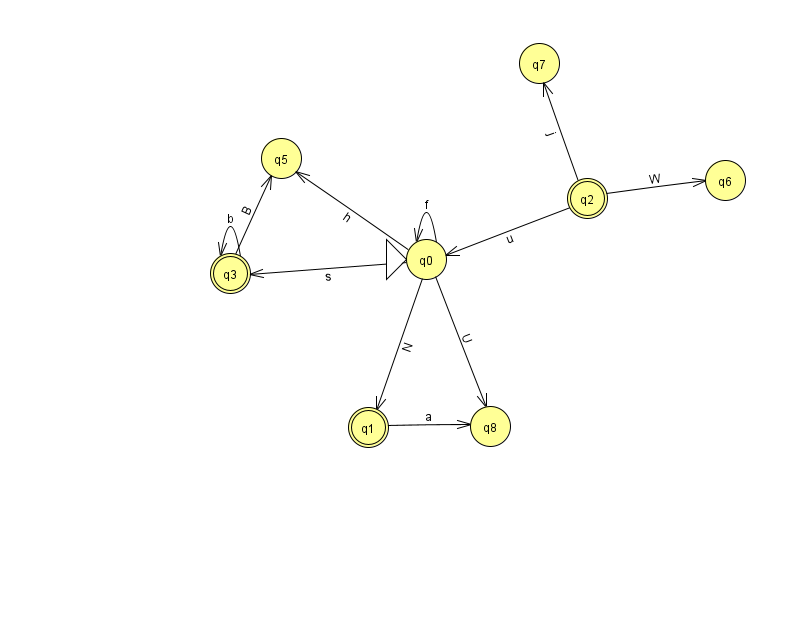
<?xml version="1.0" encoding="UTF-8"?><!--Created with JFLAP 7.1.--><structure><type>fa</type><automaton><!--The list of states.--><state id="0" name="q0"><x>426.0</x><y>246.0</y><initial/></state><state id="1" name="q1"><x>368.0</x><y>414.0</y><final/></state><state id="2" name="q2"><x>587.0</x><y>185.0</y><final/></state><state id="3" name="q3"><x>230.0</x><y>260.0</y><final/></state><state id="5" name="q5"><x>281.0</x><y>145.0</y></state><state id="6" name="q6"><x>725.0</x><y>167.0</y></state><state id="7" name="q7"><x>539.0</x><y>50.0</y></state><state id="8" name="q8"><x>490.0</x><y>413.0</y></state><!--The list of transitions.--><transition><from>0</from><to>8</to><read>U</read></transition><transition><from>0</from><to>3</to><read>s</read></transition><transition><from>2</from><to>6</to><read>W</read></transition><transition><from>3</from><to>3</to><read>b</read></transition><transition><from>0</from><to>0</to><read>f</read></transition><transition><from>3</from><to>5</to><read>B</read></transition><transition><from>1</from><to>8</to><read>a</read></transition><transition><from>2</from><to>0</to><read>u</read></transition><transition><from>2</from><to>7</to><read>j</read></transition><transition><from>0</from><to>1</to><read>N</read></transition><transition><from>0</from><to>5</to><read>h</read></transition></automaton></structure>